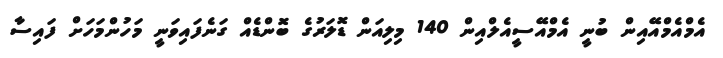
އެމްއެމްއޭއިން ބުނީ އެމްއޭސީއެލްއިން 140 މިލިއަން ޑޮލަރުގެ ބޮންޑެއް ގަނެފައިވަނީ މަހުންމަހަށް ފައިސާ